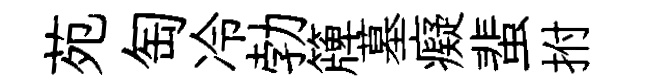
苑匋冷勃簰墓癡蜚拊